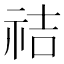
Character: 祮